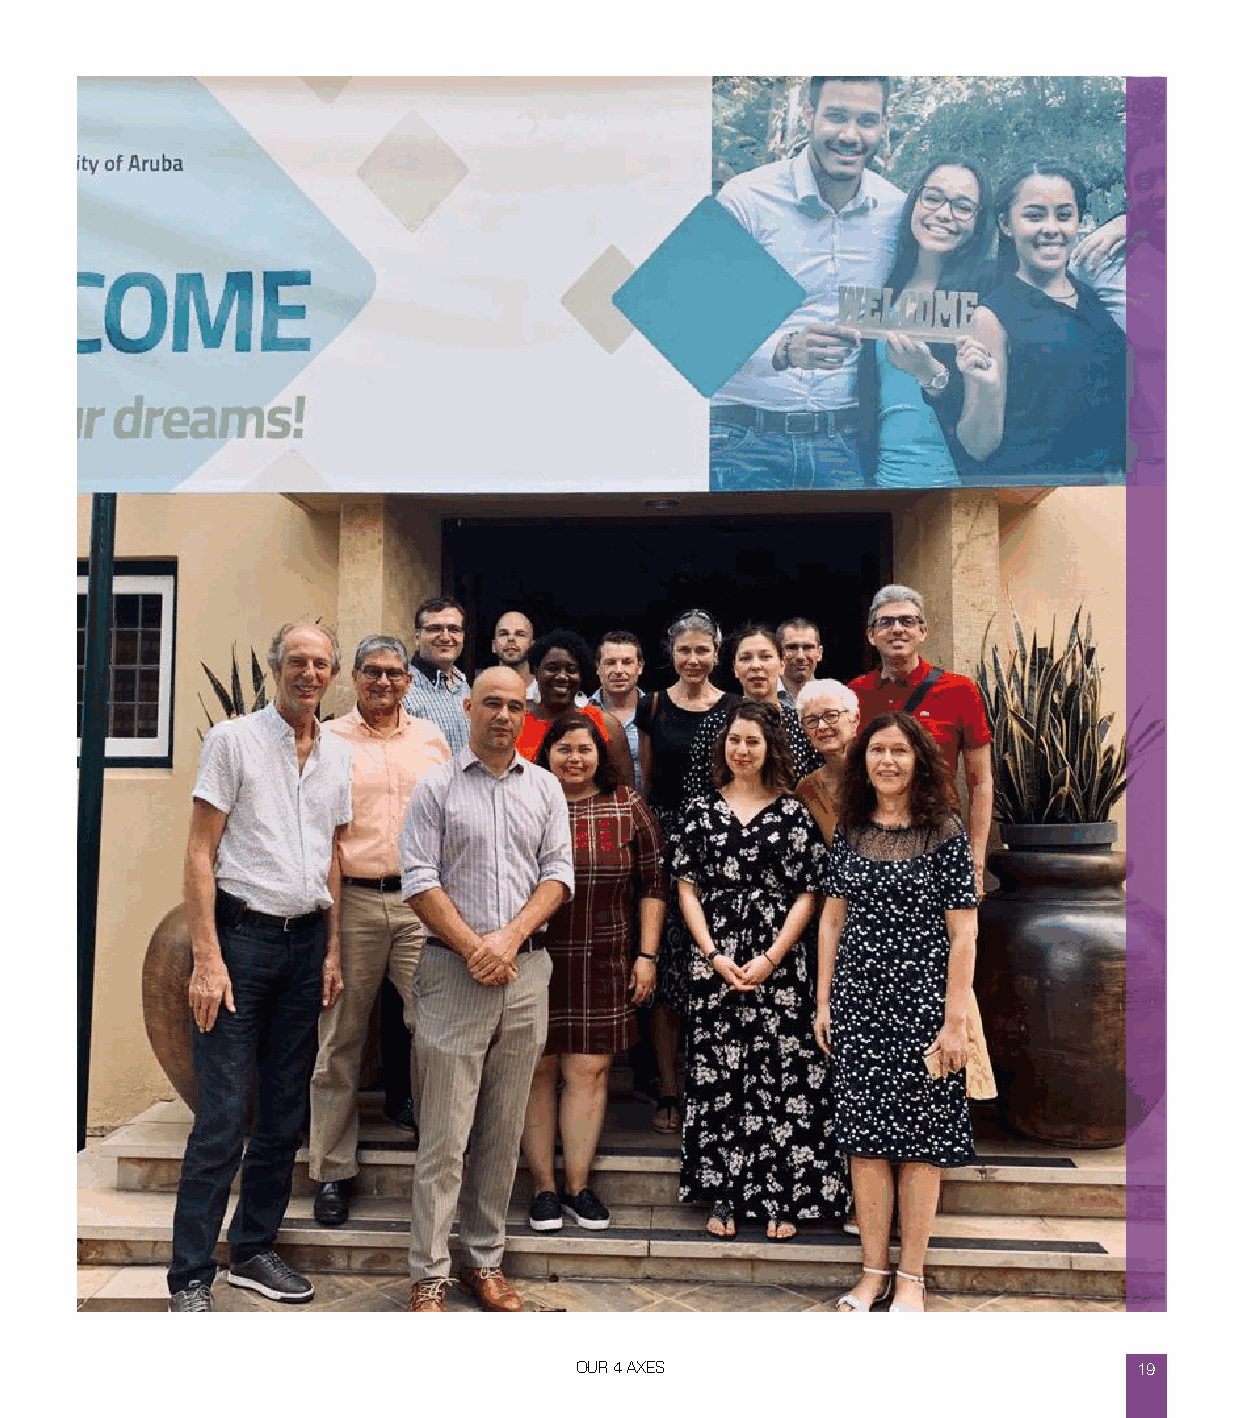
OUR 4 AXES                           19